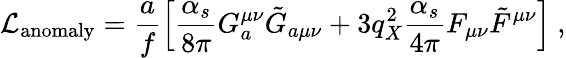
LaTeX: {\cal{L}}_{\mathrm{anomaly}}=\frac{a}{f}\left[\frac{\alpha_{s}}{8\pi}G_{a}^{\mu\nu}\tilde{G}_{a\mu\nu}+3q_{X}^{2}\frac{\alpha_{s}}{4\pi}F_{\mu\nu}\tilde{F}^{\mu\nu}\right]~,